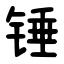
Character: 锤